Annual administration report of the Civil Veterinary Department of India - 1898-1899
Year: 1898
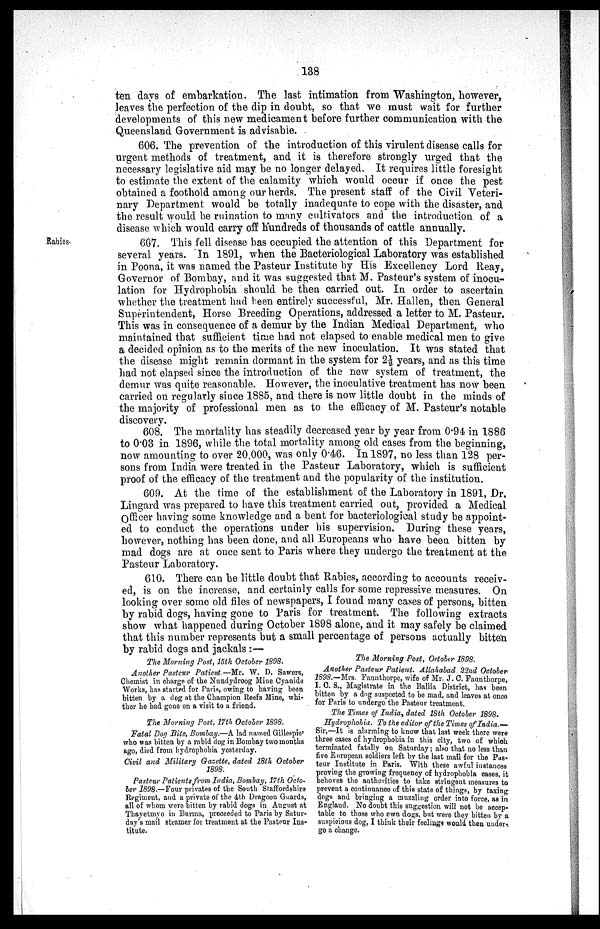
138
ten days of embarkation. The last intimation from Washington, however,
leaves the perfection of the dip in doubt, so that we must wait for further
developments of this new medicament before further communication with the
Queensland Government is advisable.
606. The prevention of the introduction of this virulent disease calls for
urgent methods of treatment, and it is therefore strongly urged that the
necessary legislative aid may be no longer delayed. It requires little foresight
to estimate the extent of the calamity which would occur if once the pest
obtained a foothold among our herds. The present staff of the Civil Veteri-
nary Department would be totally inadequate to cope with the disaster, and
the result would be ruination to many cultivators and the introduction of a
disease which would carry off hundreds of thousands of cattle annually.
Rabies.
607. This fell disease has occupied the attention of this Department for
several years. In 1891, when the Bacteriological Laboratory was established
in Poona, it was named the Pasteur Institute by His Excellency Lord Reay,
Governor of Bombay, and it was suggested that M. Pasteur's system of inocu-
lation for Hydrophobia should be then carried out. In order to ascertain
whether the treatment had been entirely successful, Mr. Hallen, then General
Superintendent, Horse Breeding Operations, addressed a letter to M. Pasteur.
This was in consequence of a demur by the Indian Medical Department, who
maintained that sufficient time had not elapsed to enable medical men to give
a decided opinion as to the merits of the new inoculation. It was stated that
the disease might remain dormant in the system for 2½ years, and as this time
had not elapsed since the introduction of the new system of treatment, the
demur was quite reasonable. However, the inoculative treatment has now been
carried on regularly since 1885, and there is now little doubt in the minds of
the majority of professional men as to the efficacy of M. Pasteur's notable
discovery.
608. The mortality has steadily decreased year by year from 0.94 in 1886
to 0.03 in 1896, while the total mortality among old cases from the beginning,
now amounting to over 20,000, was only 0.46. In 1897, no less than 128 per-
sons from India were treated in the Pasteur Laboratory, which is sufficient
proof of the efficacy of the treatment and the popularity of the institution.
609. At the time of the establishment of the Laboratory in 1891, Dr.
Lingard was prepared to have this treatment carried out, provided a Medical
Officer having some knowledge and a bent for bacteriological study be appoint-
ed to conduct the operations under his supervision. During these years,
however, nothing has been done, and all Europeans who have been bitten by
mad dogs are at once sent to Paris where they undergo the treatment at the
Pasteur Laboratory.
610. There can be little doubt that Rabies, according to accounts receiv-
ed, is on the increase, and certainly calls for some repressive measures. On
looking over some old files of newspapers, I found many cases of persons, bitten
by rabid dogs, having gone to Paris for treatment. The following extracts
show what happened during October 1898 alone, and it may safely be claimed
that this number represents but a small percentage of persons actually bitten
by rabid dogs and jackals:—
The Morning Post, 15th October 1898.
Another Pasteur Patient.—Mr. W. D. Sawers,
Chemist in charge of the Nundydroog Mine Cyanide
Works, has started for Paris, owing to having been
bitten by a dog at the Champion Reefs Mine, whi-
ther he had gone on a visit to a friend.
The Morning Post, 17th October 1898.
Fatal Dog Bite, Bombay.—A lad named Gillespie'
who was bitten by a rabid dog in Bombay two months
ago, died from hydrophobia yesterday.
Civil and Military Gazette, dated 18th October
1898.
Pasteur Patients from India, Bombay, 17th Octo-
ber 1898.—Four privates of the South Staffordshire
Regiment, and a private of the 4th Dragoon Guards,
all of whom were bitten by rabid dogs in August at
Thayetmyo in Burma, proceeded to Paris by Satur-
day's mail steamer for treatment at the Pasteur Ins-
titute.
The Morning Post, October 1898.
Another Pasteur Patient. Allahabad 22nd October
1898.—Mrs. Faunthorpe, wife of Mr. J. C. Faunthorpe,
I. C. S., Magistrate in the Ballia District, has been
bitten by a dog suspected to be mad, and leaves at once
for Paris to undergo the Pasteur treatment.
The Times of India, dated 18th October 1898.
Hydrophobia. To the editor of the Times of India.—
Sir,—It is alarming to know that last week there were
three cases of hydrophobia in this city, two of which
terminated fatally on Saturday; also that no less than
five European soldiers left by the last mail for the Pas-
teur Institute in Paris. With these awful instances
proving the growing frequency of hydrophobia oases, it
behoves the authorities to take stringent measures to
prevent a continuance of this state of things, by taxing
dogs and bringing a muzzling order into force, as in
England. No doubt this suggestion will not be accep-
table to those who own dogs, but were they bitten by a
suspicious dog, I think their feelings would then under-
go a change.